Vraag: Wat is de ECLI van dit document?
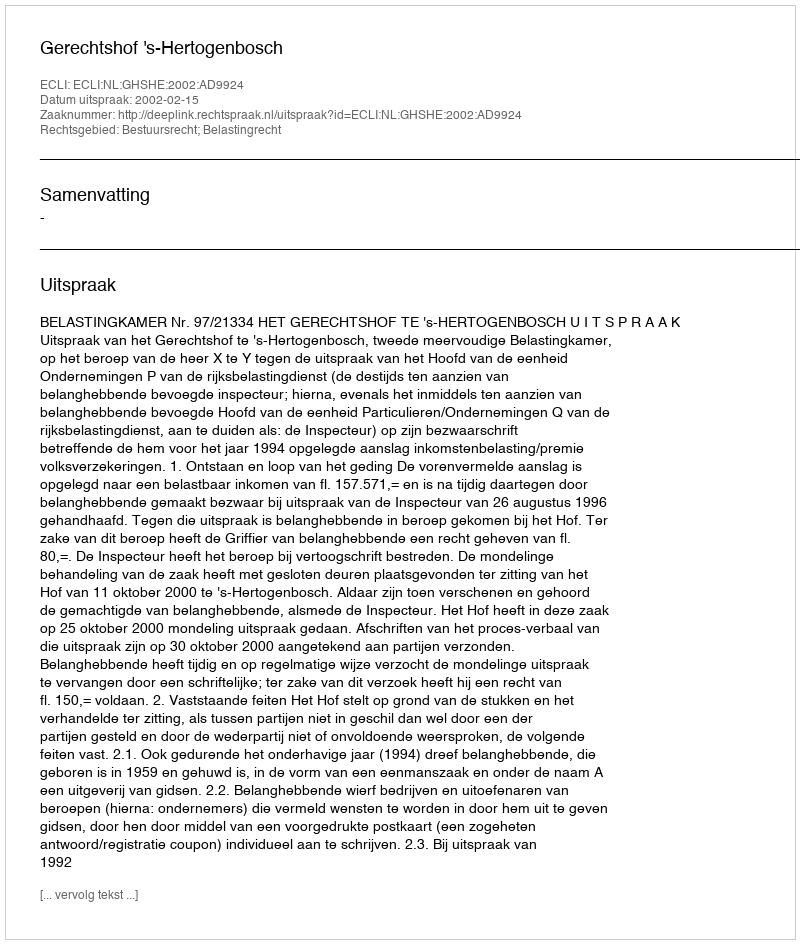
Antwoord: ECLI:NL:GHSHE:2002:AD9924